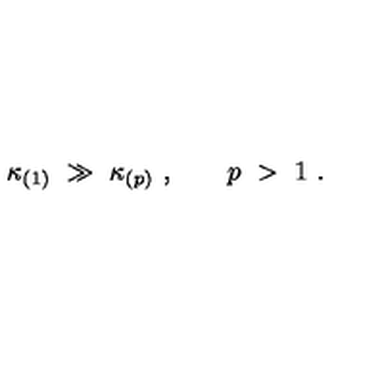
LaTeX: \kappa _ { ( 1 ) } \ \gg \ \kappa _ { ( p ) } \ , \qquad p \ > \ 1 \ .